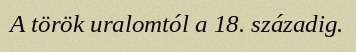
A török uralomtól a 18. századig.